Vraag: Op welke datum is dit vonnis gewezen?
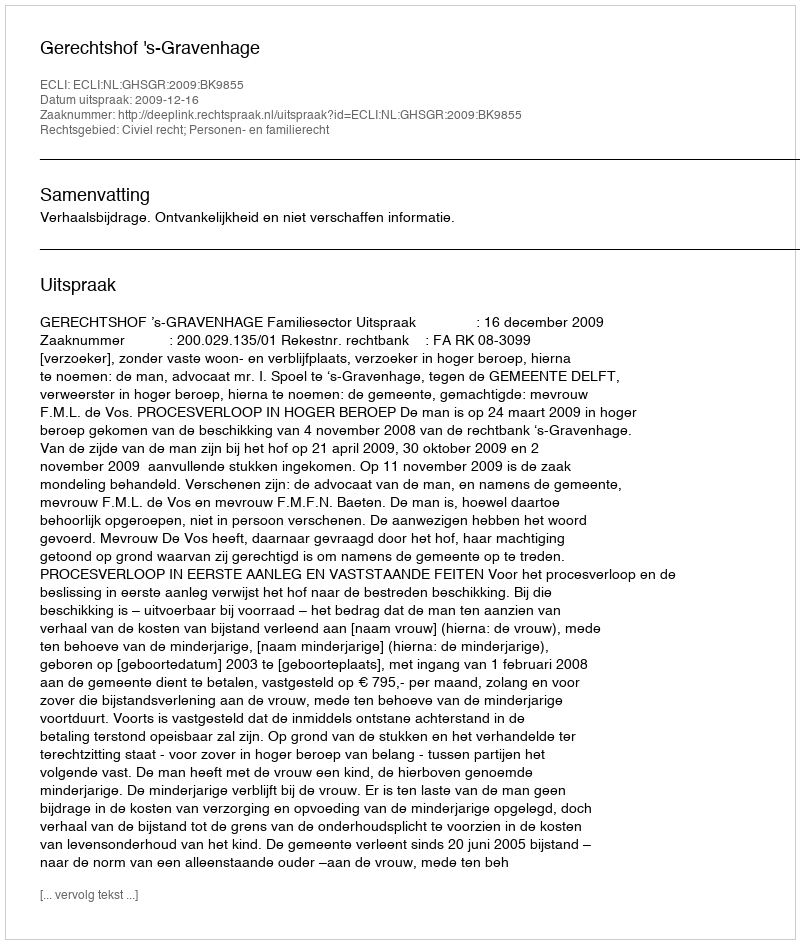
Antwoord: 2009-12-16